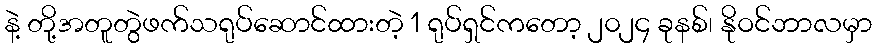
နဲ့ တို့အတူတွဲဖက်သရုပ်ဆောင်ထားတဲ့ 1 ရုပ်ရှင်ကတော့ ၂၀၂၄ ခုနစ်၊ နိုဝင်ဘာလမှာ